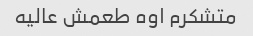
متشکرم اوه طعمش عالیه